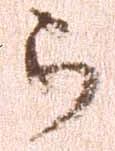
被